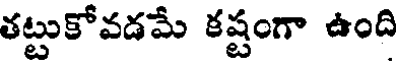
తట్టుకోవడమే కష్టంగా ఉంది